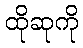
ထိုဆုကို